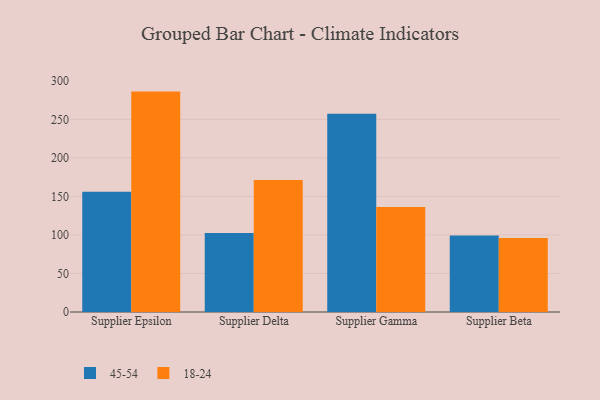
{"axis": {"x": "Supplier", "y": "Waste Production (Tons)"}, "legend": ["18-24", "45-54"], "data": [{"x": "Supplier Epsilon", "y": 156.0, "type": "45-54"}, {"x": "Supplier Epsilon", "y": 286.0, "type": "18-24"}, {"x": "Supplier Delta", "y": 102.4, "type": "45-54"}, {"x": "Supplier Delta", "y": 171.2, "type": "18-24"}, {"x": "Supplier Gamma", "y": 257.4, "type": "45-54"}, {"x": "Supplier Gamma", "y": 136.2, "type": "18-24"}, {"x": "Supplier Beta", "y": 99.2, "type": "45-54"}, {"x": "Supplier Beta", "y": 96.1, "type": "18-24"}]}